Report of the Indian Hemp Drugs Commission, 1894-1895 - Volume I
Year: 1894
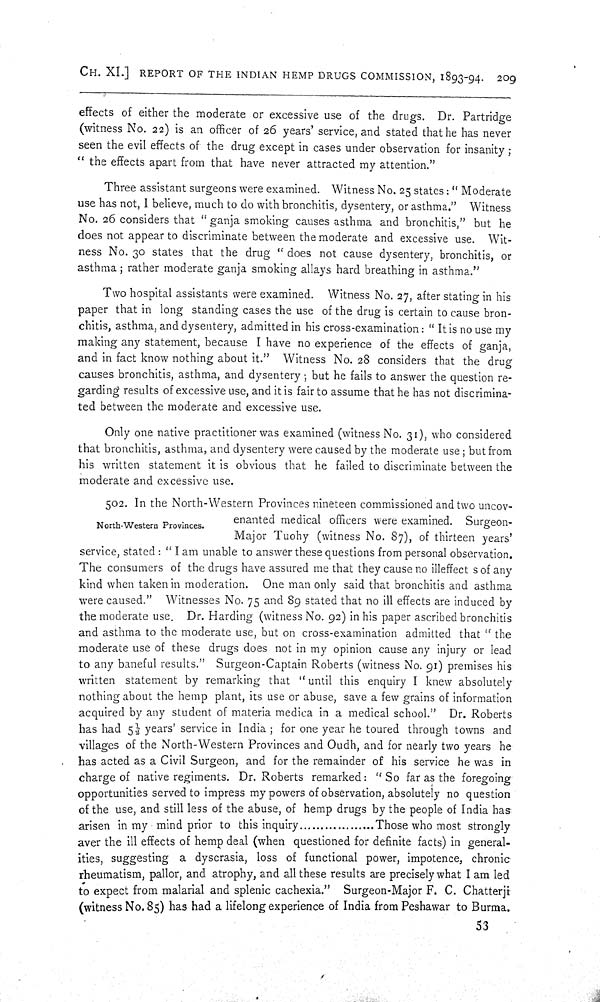
CH. XI.] REPORT OF THE INDIAN HEMP DRUGS COMMISSION, 1893-94. 209
effects of either the moderate or excessive use of the drugs. Dr. Partridge
(witness No. 22) is an officer of 26 years' service, and stated that he has never
seen the evil effects of the drug except in cases under observation for insanity;
"the effects apart from that have never attracted my attention."
Three assistant surgeons were examined. Witness No. 25 states: "Moderate
use has not, I believe, much to do with bronchitis, dysentery, or asthma." Witness
No. 26 considers that "ganja smoking causes asthma and bronchitis," but he
does not appear to discriminate between the moderate and excessive use. Wit-
ness No. 30 states that the drug "does not cause dysentery, bronchitis, or
asthma; rather moderate ganja smoking allays hard breathing in asthma."
Two hospital assistants were examined. Witness No. 27, after stating in his
paper that in long standing cases the use of the drug is certain to cause bron-
chitis, asthma, and dysentery, admitted in his cross-examination: "It is no use my
making any statement, because I have no experience of the effects of ganja,
and in fact know nothing about it." Witness No. 28 considers that the drug
causes bronchitis, asthma, and dysentery; but he fails to answer the question re-
garding results of excessive use, and it is fair to assume that he has not discrimina-
ted between the moderate and excessive use.
Only one native practitioner was examined (witness No. 31), who considered
that bronchitis, asthma, and dysentery were caused by the moderate use; but from
his written statement it is obvious that he failed to discriminate between the
moderate and excessive use.
North-Western Provinces.
502. In the North-Western Provinces nineteen commissioned and two uncov-
enanted medical officers were examined. Surgeon-
Major Tuohy (witness No. 87), of thirteen years'
service, stated: "I am unable to answer these questions from personal observation.
The consumers of the drugs have assured me that they cause no illeffect s of any
kind when taken in moderation. One man only said that bronchitis and asthma
were caused." Witnesses No. 75 and 89 stated that no ill effects are induced by
the moderate use. Dr. Harding (witness No. 92) in his paper ascribed bronchitis
and asthma to the moderate use, but on cross-examination admitted that "the
moderate use of these drugs does not in my opinion cause any injury or lead
to any baneful results." Surgeon-Captain Roberts (witness No. 91) premises his
written statement by remarking that "until this enquiry I knew absolutely
nothing about the hemp plant, its use or abuse, save a few grains of information
acquired by any student of materia medica in a medical school." Dr. Roberts
has had 51/2 years' service in India; for one year he toured through towns and
villages of the North-Western Provinces and Oudh, and for nearly two years he
has acted as a Civil Surgeon, and for the remainder of his service he was in
charge of native regiments. Dr. Roberts remarked: "So far as the foregoing
opportunities served to impress my powers of observation, absolutely no question
of the use, and still less of the abuse, of hemp drugs by the people of India has
arisen in my mind prior to this inquiry
Those who most strongly
aver the ill effects of hemp deal (when questioned for definite facts) in general-
ities, suggesting a dyscrasia, loss of functional power, impotence, chronic
rheumatism, pallor, and atrophy, and all these results are precisely what I am led
to expect from malarial and splenic cachexia." Surgeon-Major F. C. Chatterji
(witness No. 85) has had a lifelong experience of India from Peshawar to Burma.
53